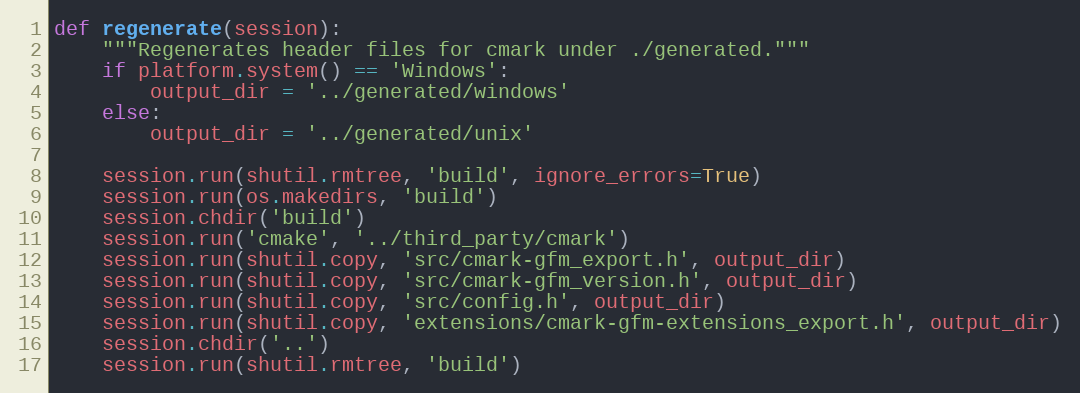
Language: Python
def regenerate(session):
    """Regenerates header files for cmark under ./generated."""
    if platform.system() == 'Windows':
        output_dir = '../generated/windows'
    else:
        output_dir = '../generated/unix'

    session.run(shutil.rmtree, 'build', ignore_errors=True)
    session.run(os.makedirs, 'build')
    session.chdir('build')
    session.run('cmake', '../third_party/cmark')
    session.run(shutil.copy, 'src/cmark-gfm_export.h', output_dir)
    session.run(shutil.copy, 'src/cmark-gfm_version.h', output_dir)
    session.run(shutil.copy, 'src/config.h', output_dir)
    session.run(shutil.copy, 'extensions/cmark-gfm-extensions_export.h', output_dir)
    session.chdir('..')
    session.run(shutil.rmtree, 'build')